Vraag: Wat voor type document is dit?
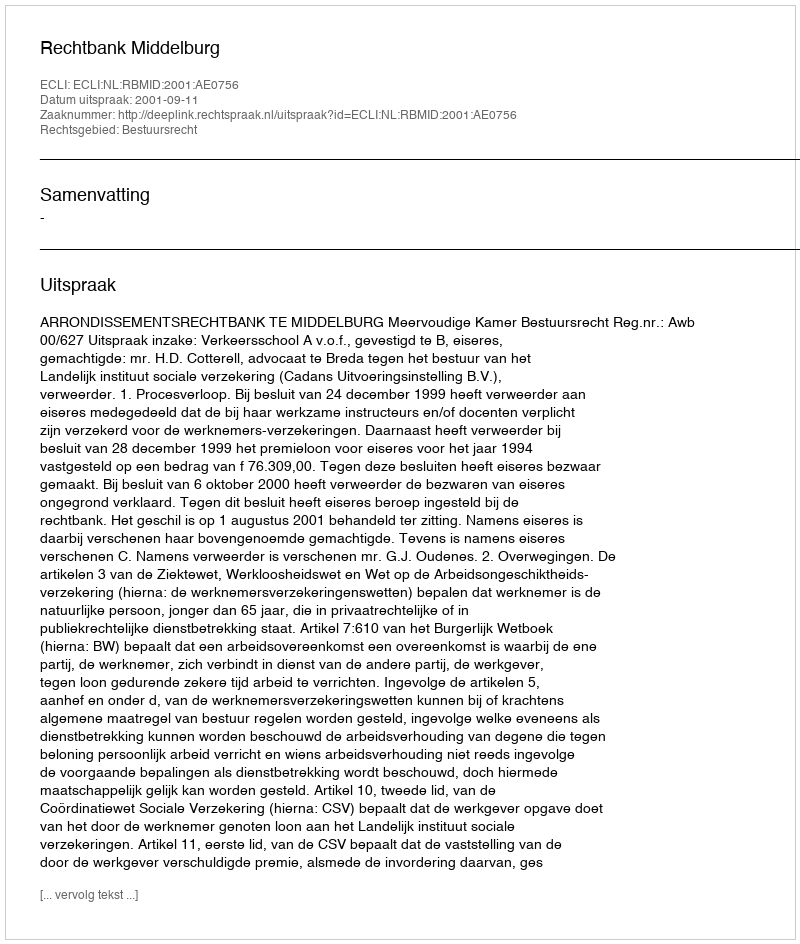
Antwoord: Uitspraak